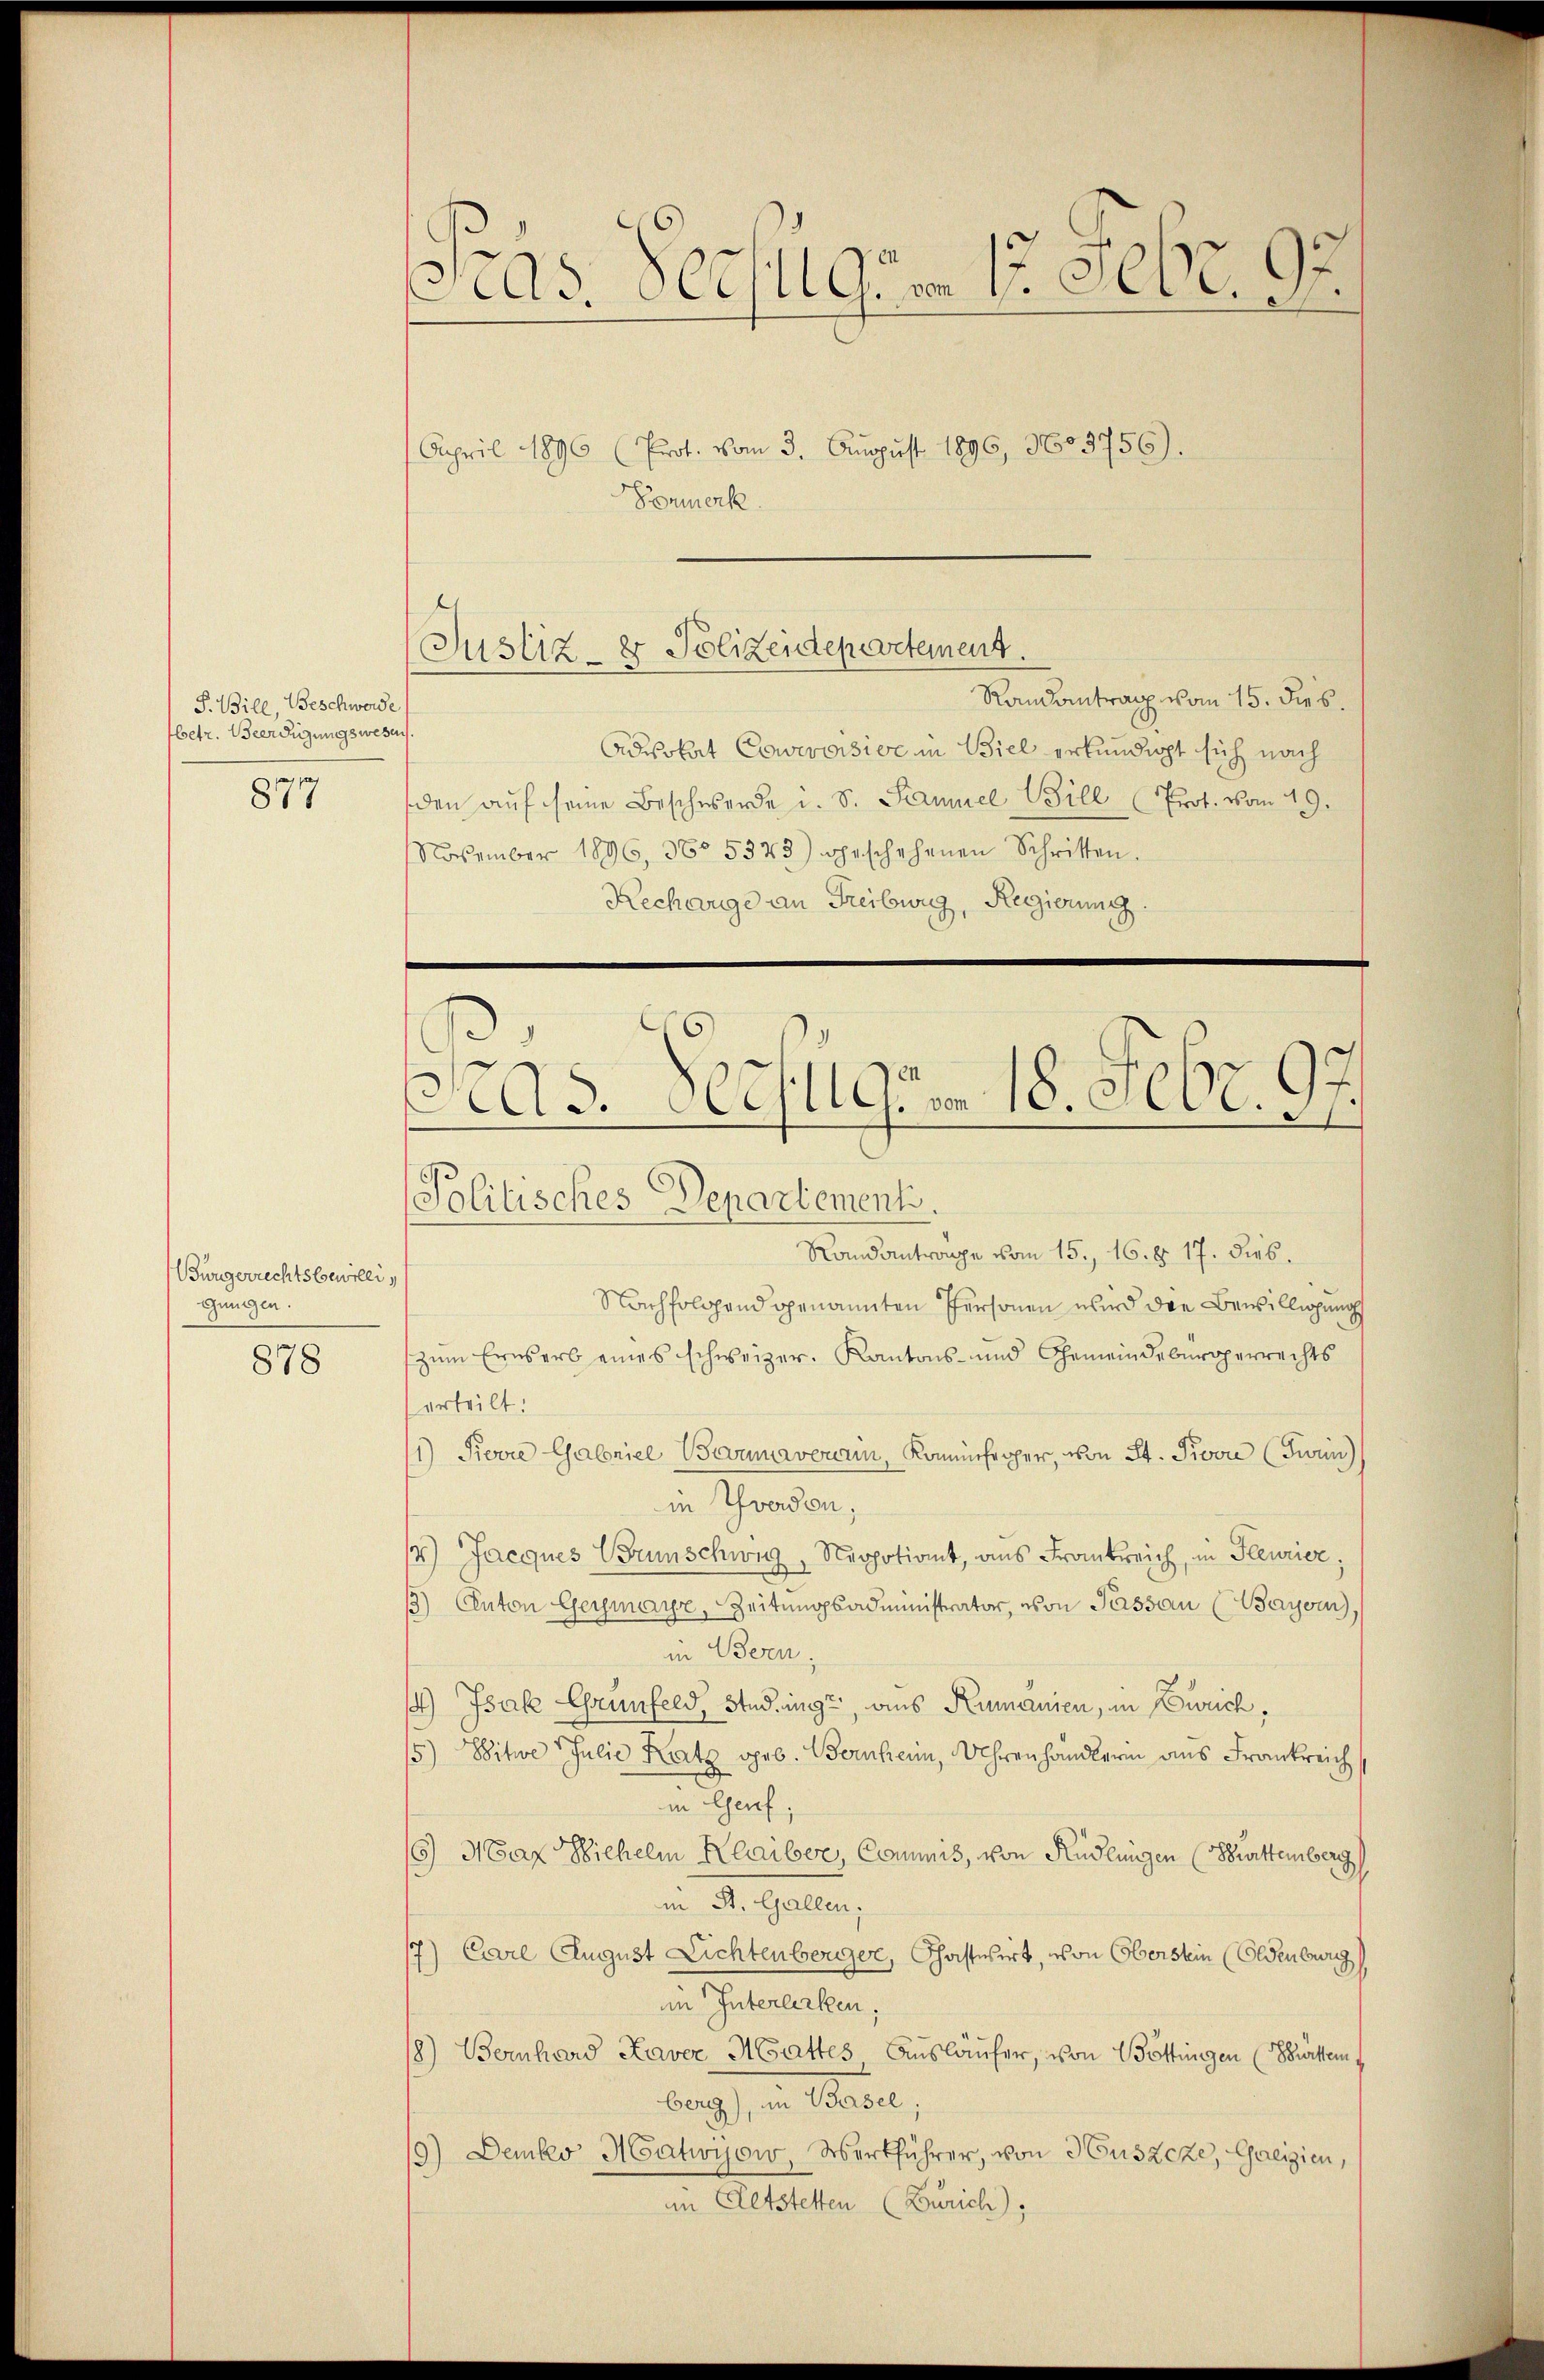
P. Bill, Beschwerde
betr. Verfügungswesen.

877

Bürgerrechtsbewilli,
gungen.

878

Pras Verfügen 1. Febr. 95.

April 1896 (Prot. vom 3. August 1896, 3603756).
Formerk

Justiz- & Polizeidepartement.

Randantrag vom 15. dies
Advokat Cowcroisive in Biel erkundigt sich nach
den aŭf seine Beschwerde u. S. Samuel Bill Prot. vom 19.
NNovember 1896, 38° 5323) geschehenen Schritten.
Recharge an Freiburg, Regierung.

As. Verfüge. 18. Febr. 97.

Politisches Departement.
Randantrage vom 15. 16. d. 17. dies
Nachfolgend genannten Personen wird die Bewilligung
zum Ernsers eines schweizer. Kantons- und Gemeindebürgerrechts
erteilt:
1) Ferre Gabriel Bovumaverim, Kaminfeger, von St. Provi (Turin
in Yverden,
14) Jacques Brunschweg, Neppotiant, aus Frankreich, in Fleurier,
15) Anton Germayr, Zeitungsadministrator, von Passau (Bayser,
in Bern,
14.) Isak Grünfeld, Studingt, aus Rumanien, in Zürich,
15) Witwe Julie Katz geb. Bornheim, Uhrenhandlern aus Frankreich
in Genf;
15) Max Hichelm Heaiber, Commis, von Rüdlingen (Surttemberg
in St. Gallen,
17) Carl August Lichtenberger, Chastwirt, von Oberstein (Eldenburg
im Interlirken,
/8) Bernhard Kaver Mattes Ausläufer, von Böttingen (Bürtem
wagt, in Alten,
19) Demko Matwyow, Werkführer, von Huszcze, Galizien,
im Altstetten (Zürich),